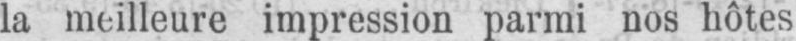
impression parmi nos hôtes